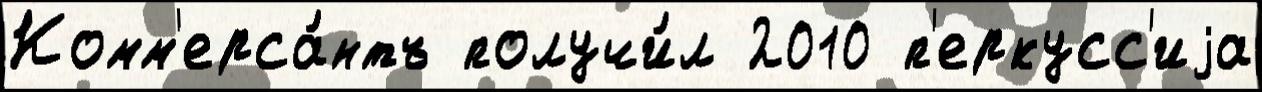
Комм'ерса́нтъ получи́л 2010 п'еркусс'иjа